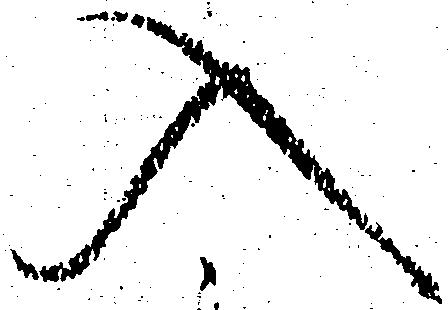
入